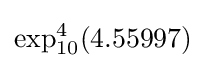
\exp _{10}^{4}(4.55997)